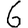
Digit: 6